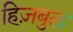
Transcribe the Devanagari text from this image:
हिज़बुल